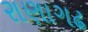
રાણાગઢ